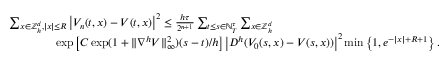
\begin{array} { r l } & { \sum _ { x \in { \mathbb { Z } } _ { h } ^ { d } , | x | \leq R } \left| V _ { n } ( t , x ) - V ( t , x ) \right| ^ { 2 } \leq \frac { h \tau } { 2 ^ { n + 1 } } \sum _ { t \leq s \in { \mathbb { N } } _ { T } ^ { \tau } } \sum _ { x \in { \mathbb { Z } } _ { h } ^ { d } } } \\ & { \qquad \qquad \exp \left[ { C \exp ( 1 + \| \nabla ^ { h } V \| _ { \infty } ^ { 2 } ) ( s - t ) / h } \right] \left| D ^ { h } ( V _ { 0 } ( s , x ) - V ( s , x ) ) \right| ^ { 2 } \operatorname* { m i n } \left\{ 1 , e ^ { - | x | + R + 1 } \right\} . } \end{array}